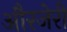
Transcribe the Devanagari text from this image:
औरजेरी